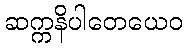
ဆက္ကနိပါတေယေဝ